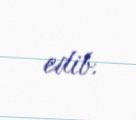
edib.